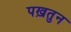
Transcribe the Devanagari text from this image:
पख़तुन